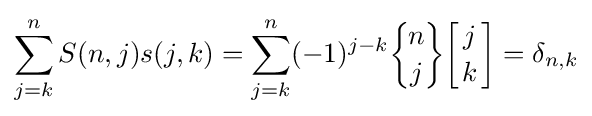
\sum _{j=k}^{n}S(n,j)s(j,k)=\sum _{j=k}^{n}(-1)^{j-k}{\biggl \{}{\!n\! \atop \!j\!}{\biggr \}}{\biggl [}{j \atop k}{\biggr ]}=\delta _{n,k}